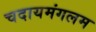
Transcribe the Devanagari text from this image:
चदायमंगलम